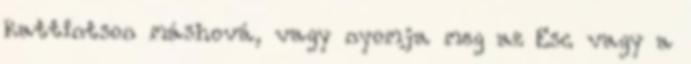
kattintson máshová, vagy nyomja meg az Esc vagy a